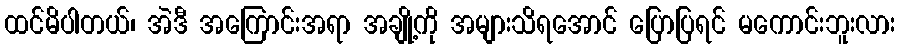
ထင်မိပါတယ်၊ အဲဒီ အကြောင်းအရာ အချို့ကို အများသိရအောင် ပြောပြရင် မကောင်းဘူးလား